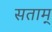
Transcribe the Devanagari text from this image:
सताम्